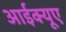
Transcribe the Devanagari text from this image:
आईक्यूए